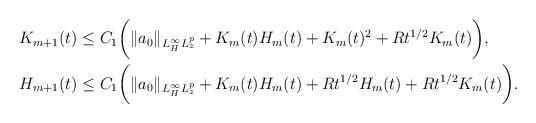
LaTeX: \begin{align*}K_{m+1}(t)&\le C_1\biggl( \lVert a_0\rVert_{L^\infty_H L^p_z}+ K_m(t)H_m(t)+ K_m(t)^2+ R t^{1/2}K_m(t)\biggr),\\H_{m+1}(t)&\le C_1\biggl( \lVert a_0\rVert_{L^\infty_H L^p_z}+ K_m(t)H_m(t)+ R t^{1/2}H_m(t)+ R t^{1/2}K_m(t)\biggr).\end{align*}